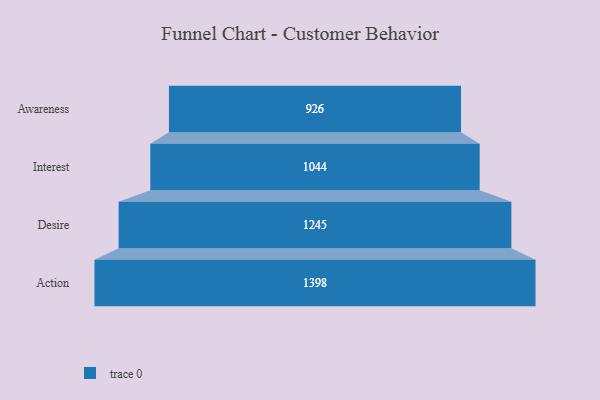
{"axis": {"x": "Stage", "y": "Value"}, "legend": [""], "data": [{"x": "Awareness", "y": 926.0, "type": ""}, {"x": "Interest", "y": 1044.0, "type": ""}, {"x": "Desire", "y": 1245.0, "type": ""}, {"x": "Action", "y": 1398.0, "type": ""}]}